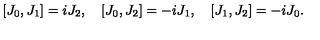
\left[ J _ { 0 } , J _ { 1 } \right] = i J _ { 2 } , \quad \left[ J _ { 0 } , J _ { 2 } \right] = - i J _ { 1 } , \quad \left[ J _ { 1 } , J _ { 2 } \right] = - i J _ { 0 } .